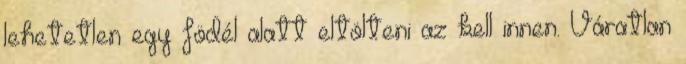
lehetetlen egy födél alatt eltölteni az kell innen. Váratlan